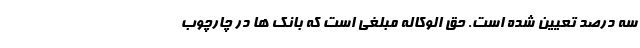
سه درصد تعیین شده است. حق الوکاله مبلغی است که بانک ها در چارچوب